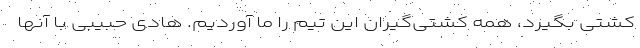
کشتی بگیرد، همه کشتی‌گیران این تیم را ما آوردیم. هادی حبیبی با آنها